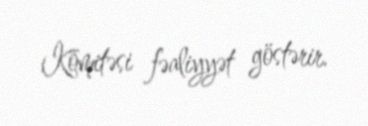
Komitəsi fəaliyyət göstərir.